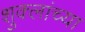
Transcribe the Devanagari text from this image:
शुक्लांच्या